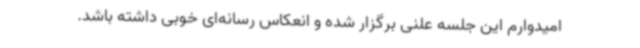
امیدوارم این جلسه علنی برگزار شده و انعکاس رسانه‌ای خوبی داشته باشد.‌